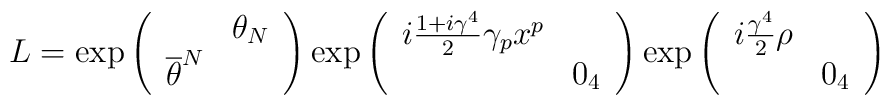
L=\exp \left( \begin{array}{cc} & \theta _{N}\\\overline{\theta }^{N} & \end{array}\right) \exp \left( \begin{array}{cc}i\frac{1+i\gamma ^{4}}{2}\gamma _{p}x^{p} & \\ & 0_{4}\end{array}\right) \exp \left( \begin{array}{cc}i\frac{\gamma ^{4}}{2}\rho  & \\ & 0_{4}\end{array}\right)